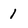
Character: 1